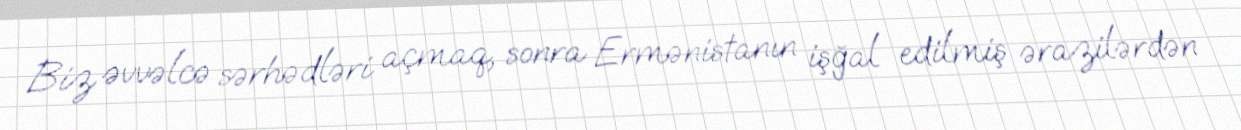
Biz əvvəlcə sərhədləri açmaq, sonra Ermənistanın işğal edilmiş ərazilərdən